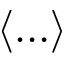
\left< \ldots \right>